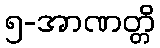
၅-အာဏတ္တိ